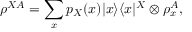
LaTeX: \rho ^ { X A } = \sum _ { x } p _ { X } ( x ) \vert x \rangle \langle x \vert ^ { X } \otimes \rho _ { x } ^ { A } ,